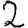
Digit: 2